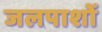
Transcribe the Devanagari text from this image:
जलपाशों